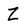
Character: Z